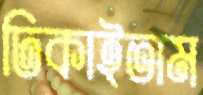
ঢিকাইতাম